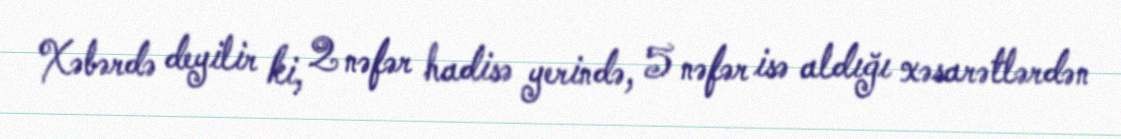
Xəbərdə deyilir ki, 2 nəfər hadisə yerində, 5 nəfər isə aldığı xəsarətlərdən